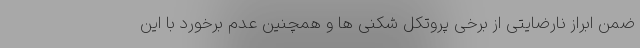
ضمن ابراز نارضایتی از برخی پروتکل شکنی ها و همچنین عدم برخورد با این